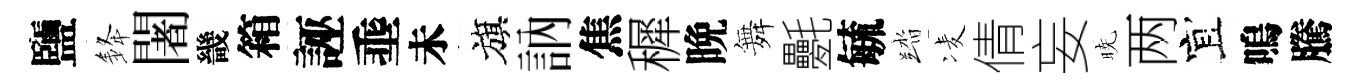
鹽𨦟闍畿箱誣埀未旗訥焦穉晩舞氎毓踏凌倩妄暁两宜嗚騰